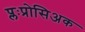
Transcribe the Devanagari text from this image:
प्लःप्रोसिअक